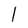
Character: l